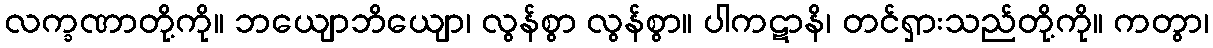
လက္ခဏာတို့ကို။ ဘယျောဘိယျော၊ လွန်စွာ လွန်စွာ။ ပါကဋာနိ၊ တင်ရှားသည်တို့ကို။ ကတွာ၊